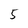
Character: 5